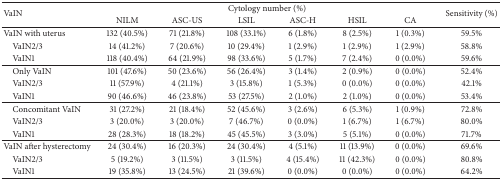
<table><thead><tr><td rowspan="2"><b>VaIN</b></td><td colspan="6"><b>Cytology number (%)</b></td><td rowspan="2"><b>Sensitivity (%)</b></td></tr><tr><td><b>NILM</b></td><td><b>ASC-US</b></td><td><b>LSIL</b></td><td><b>ASC-H</b></td><td><b>HSIL</b></td><td><b>CA</b></td></tr></thead><tbody><tr><td>VaIN with uterus</td><td>132 (40.5%)</td><td>71 (21.8%)</td><td>108 (33.1%)</td><td>6 (1.8%)</td><td>8 (2.5%)</td><td>1 (0.3%)</td><td>59.5%</td></tr><tr><td> VaIN2/3</td><td>14 (41.2%)</td><td>7 (20.6%)</td><td>10 (29.4%)</td><td>1 (2.9%)</td><td>1 (2.9%)</td><td>1 (2.9%)</td><td>58.8%</td></tr><tr><td> VaIN1</td><td>118 (40.4%)</td><td>64 (21.9%)</td><td>98 (33.6%)</td><td>5 (1.7%)</td><td>7 (2.4%)</td><td>0 (0.0%)</td><td>59.6%</td></tr><tr><td> Only VaIN</td><td>101 (47.6%)</td><td>50 (23.6%)</td><td>56 (26.4%)</td><td>3 (1.4%)</td><td>2 (0.9%)</td><td>0 (0.0%)</td><td>52.4%</td></tr><tr><td> VaIN2/3</td><td>11 (57.9%)</td><td>4 (21.1%)</td><td>3 (15.8%)</td><td>1 (5.3%)</td><td>0 (0.0%)</td><td>0 (0.0%)</td><td>42.1%</td></tr><tr><td> VaIN1</td><td>90 (46.6%)</td><td>46 (23.8%)</td><td>53 (27.5%)</td><td>2 (1.0%)</td><td>2 (1.0%)</td><td>0 (0.0%)</td><td>53.4%</td></tr><tr><td> Concomitant VaIN</td><td>31 (27.2%)</td><td>21 (18.4%)</td><td>52 (45.6%)</td><td>3 (2.6%)</td><td>6 (5.3%)</td><td>1 (0.9%)</td><td>72.8%</td></tr><tr><td> VaIN2/3</td><td>3 (20.0%)</td><td>3 (20.0%)</td><td>7 (46.7%)</td><td>0 (0.0%)</td><td>1 (6.7%)</td><td>1 (6.7%)</td><td>80.0%</td></tr><tr><td> VaIN1</td><td>28 (28.3%)</td><td>18 (18.2%)</td><td>45 (45.5%)</td><td>3 (3.0%)</td><td>5 (5.1%)</td><td>0 (0.0%)</td><td>71.7%</td></tr><tr><td>VaIN after hysterectomy</td><td>24 (30.4%)</td><td>16 (20.3%)</td><td>24 (30.4%)</td><td>4 (5.1%)</td><td>11 (13.9%)</td><td>0 (0.0%)</td><td>69.6%</td></tr><tr><td> VaIN2/3</td><td>5 (19.2%)</td><td>3 (11.5%)</td><td>3 (11.5%)</td><td>4 (15.4%)</td><td>11 (42.3%)</td><td>0 (0.0%)</td><td>80.8%</td></tr><tr><td> VaIN1</td><td>19 (35.8%)</td><td>13 (24.5%)</td><td>21 (39.6%)</td><td>0 (0.0%)</td><td>0 (0.0%)</td><td>0 (0.0%)</td><td>64.2%</td></tr></tbody></table>